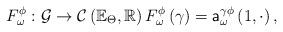
LaTeX: \begin{align*}F_{\omega }^{\phi }:\mathcal{G}\rightarrow \mathcal{C}\left( \mathbb{E}_{\Theta },\mathbb{R}\right) F_{\omega }^{\phi }\left( \gamma \right)=\mathsf{a}_{\omega }^{\gamma \phi }\left( 1,\cdot \right) ,\end{align*}